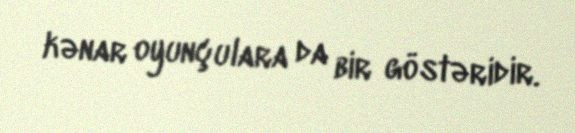
kənar oyunçulara da bir göstəridir.